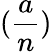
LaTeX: ({\frac{a}{n}})